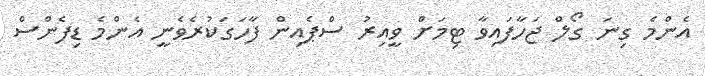
އެންމެ ގިނަ ގޯލް ޖަހާފައިވާ ޓިމަށް ވީއިރު ސްޕެއިން ފާހަގަކުރެވެނީ އެންމެ ޑިފެންސް